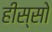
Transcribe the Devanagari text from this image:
हीस्सो